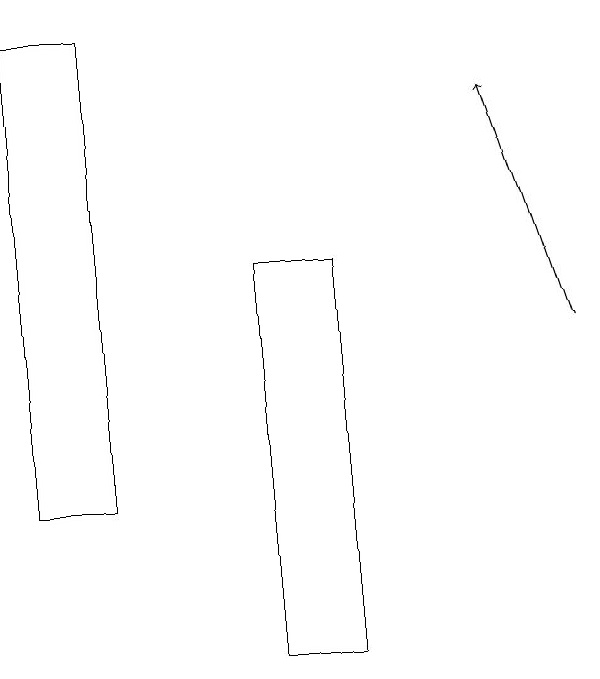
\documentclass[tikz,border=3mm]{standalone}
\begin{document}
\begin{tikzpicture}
\draw (6,11) rectangle (5,16);
\draw[->] (9,15) -- (8,18);
\draw (3,13) rectangle (2,19);
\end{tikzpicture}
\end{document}